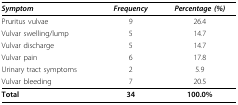
| Symptom | Frequency | Percentage (%) |
 | --- | --- | --- |
 | Pruritus vulvae | 9 | 26.4 |
 | Vulvar swelling/lump | 5 | 14.7 |
 | Vulvar discharge | 5 | 14.7 |
 | Vulvar pain | 6 | 17.8 |
 | Urinary tract symptoms | 2 | 5.9 |
 | Vulvar bleeding | 7 | 20.5 |
 | Total | 34 | 100.0% |